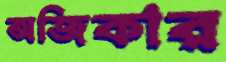
অজিকার